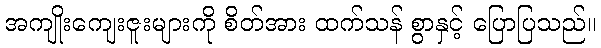
အကျိုးကျေးဇူးများကို စိတ်အား ထက်သန် စွာနှင့် ပြောပြသည်။